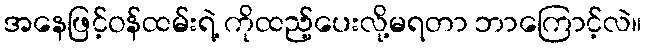
အနေဖြင့်ဝန်ထမ်းရဲ့ ကိုထည့်ပေးလို့မရတာ ဘာကြောင့်လဲ။